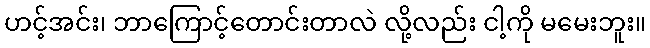
ဟင့်အင်း၊ ဘာကြောင့်တောင်းတာလဲ လို့လည်း ငါ့ကို မမေးဘူး။